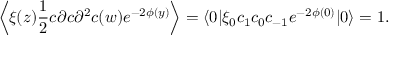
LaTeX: \left\langle \xi ( z ) \frac { 1 } { 2 } c \partial c \partial ^ { 2 } c ( w ) e ^ { - 2 \phi ( y ) } \right\rangle = \langle 0 | \xi _ { 0 } c _ { 1 } c _ { 0 } c _ { - 1 } e ^ { - 2 \phi ( 0 ) } | 0 \rangle = 1 .